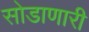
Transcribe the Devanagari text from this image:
सोडाणारी